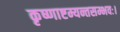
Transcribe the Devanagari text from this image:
कृष्णाष्टम्यन्तसम्भवः।